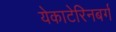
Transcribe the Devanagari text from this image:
येकाटेरिनबर्ग